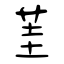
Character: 茥